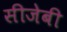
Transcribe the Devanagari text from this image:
सीजेबी